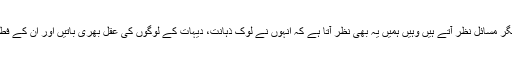
عبدالقادر جونیجو کی تحریروں میں جہاں ہمیں سماج کے دیگر مسائل نظر آتے ہیں وہیں ہمیں یہ بھی نظر آتا ہے کہ انہوں نے لوک ذہانت، دیہات کے لوگوں کی عقل بھری باتیں اور ان کے فطرت کے ساتھ تعلق کو بہت ہی بہتر انداز سے پیش کیا ہے۔